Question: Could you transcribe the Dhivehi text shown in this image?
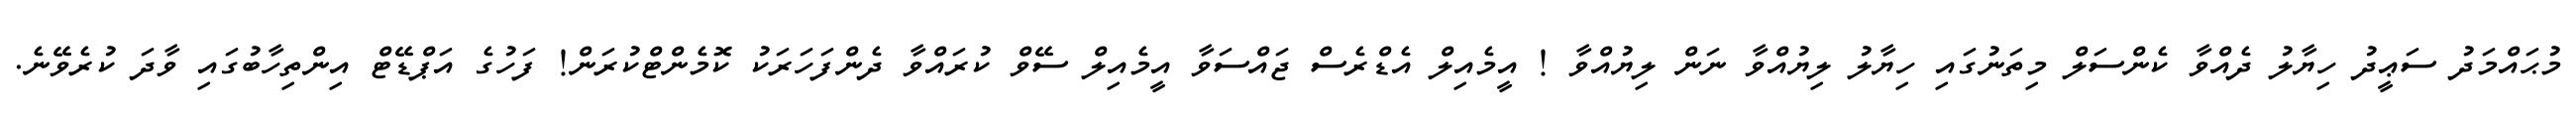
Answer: މުޙައްމަދު ސަޢީދު ހިޔާލު ދެއްވާ ކެންސަލް މިތަނުގައި ހިޔާލު ލިޔުއްވާ ނަން ލިޔުއްވާ ! އީމެއިލް އެޑްރެސް ޖައްސަވާ އީމެއިލް ސޭވް ކުރައްވާ ދެންފަހަރަކު ކޮމެންޓްކުރަން! ފަހުގެ އަޕްޑޭޓް އިންތިހާބުގައި ވާދަ ކުރެވޭނެ.